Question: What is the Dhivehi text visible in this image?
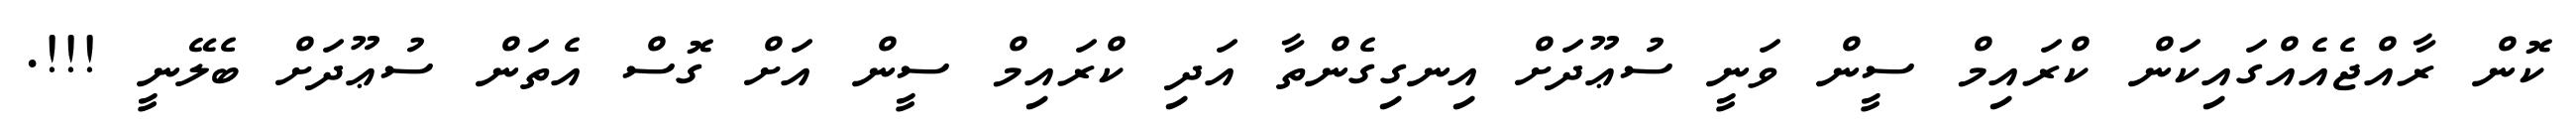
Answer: ކޮން ރާއްޖެއެއްގައިކަން ކްރައިމް ސީން ވަނީ ސުޢޫދަށް އިނގިގެންތާ އަދި ކްރައިމް ސީން އަށް ގޮސް އެތަން ސުޢޫދަށް ބެލޭނީ !!!.